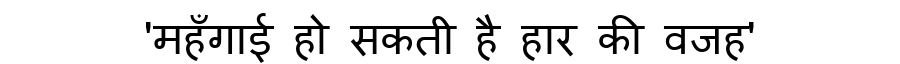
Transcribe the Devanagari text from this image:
'महँगाई हो सकती है हार की वजह'